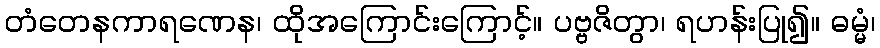
တံတေနကာရဏေန၊ ထိုအကြောင်းကြောင့်။ ပဗ္ဗဇိတွာ၊ ရဟန်းပြု၍။ ဓမ္မံ၊